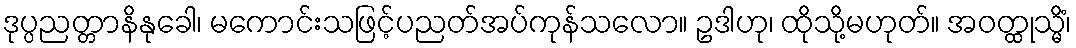
ဒုပ္ပညတ္တာနိနုခေါ၊ မကောင်းသဖြင့်ပညတ်အပ်ကုန်သလော။ ဥဒါဟု၊ ထိုသို့မဟုတ်။ အဝတ္ထုသ္မိံ၊